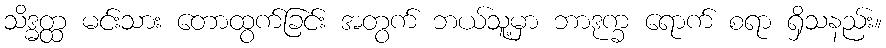
သိဒ္ဓတ္ထ မင်းသား တောထွက်ခြင်း အတွက် ဘယ်သူ့မှာ ဘာဒုက္ခ ရောက် စရာ ရှိသနည်း။